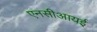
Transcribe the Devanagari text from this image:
एनसीआयई